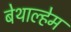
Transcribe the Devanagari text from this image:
बेथाल्हेम